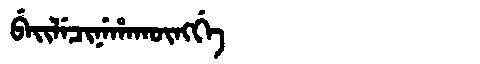
Manchu: ᠪᡝᡳᠯᡝᠴᡳᠨᡝᡥᠠᡴᡡᠩᡤᡝ
Romanization: BEILECINEHAKŪNGGE